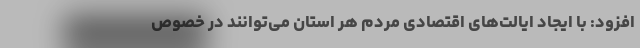
افزود: با ایجاد ایالت‌های اقتصادی مردم هر استان می‌توانند در خصوص